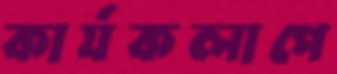
কার্যকলাপে